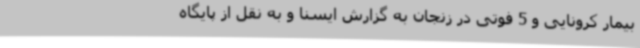
بیمار کرونایی و 5 فوتی در زنجان به گزارش ایسنا و به نقل از پایگاه